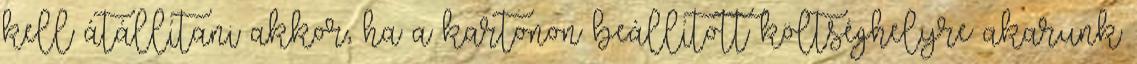
kell átállítani akkor, ha a kartonon beállított költséghelyre akarunk